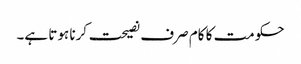
حکومت کا کام صرف نصیحت کرنا ہوتا ہے۔